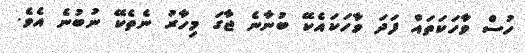
ހުސް ވާހަކަތައް ފަދަ ވާހަަކައެކޭ ބުނާނެ ޖާގަ މިހާރު ނެތެކޭ ނުބުނެ އެވެ.